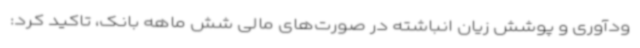
ودآوری و پوشش زیان انباشته در صورت‌های مالی شش ماهه بانک، تاکید کرد: